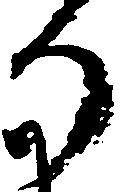
り